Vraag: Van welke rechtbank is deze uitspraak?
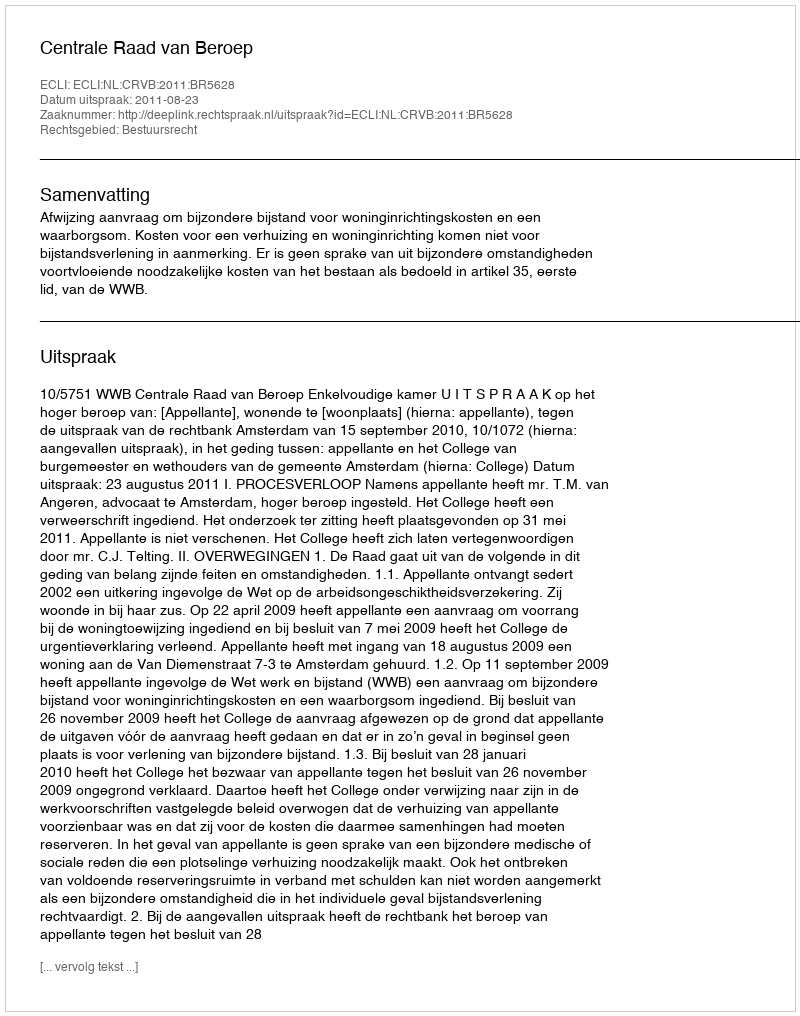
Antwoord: Centrale Raad van Beroep